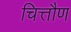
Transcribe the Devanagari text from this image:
चित्तौण